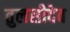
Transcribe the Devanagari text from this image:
तुलसीदेव